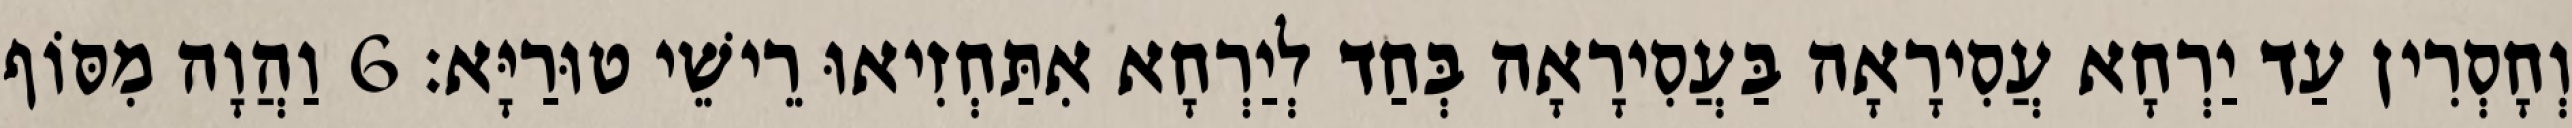
וְחָסְרִין עַד יַרְחָא עֲסִירָאָה בַּעֲסִירָאָה בְּחַד לְיַרְחָא אִתַּחְזִיאוּ רֵישֵׁי טוּרַיָּא׃ 6 וַהֲוָה מִסּוֹף